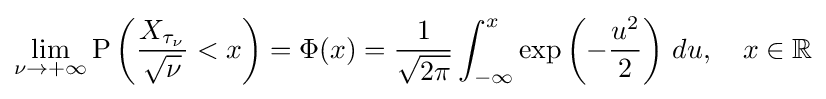
\lim _{\nu \to +\infty }\operatorname {P} \left({\frac {X_{\tau _{\nu }}}{\sqrt {\nu }}}<x\right)=\Phi (x)={\frac {1}{\sqrt {2\pi }}}\int _{-\infty }^{x}\exp \left(-{\frac {u^{2}}{2}}\right)\,du,\quad x\in \mathbb {R}